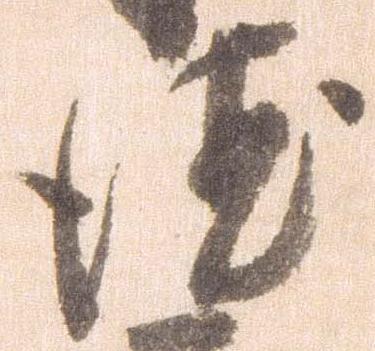
徳